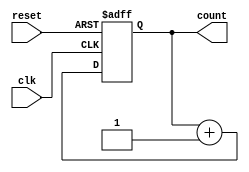
// 4-Bit Up Counter
// Created by Nitheesh Kumar - Aug 03 2020

module up_counter (
	input clk, // Clock Signal
	input reset, // Active Low Reset
	output reg [3:0] count); // Counter Output

always @(posedge clk or negedge reset) begin

if (~reset)
count <= 4'b0;
else count <= count+1; // for every clock cycle counter value incremented by 1

end

endmodule